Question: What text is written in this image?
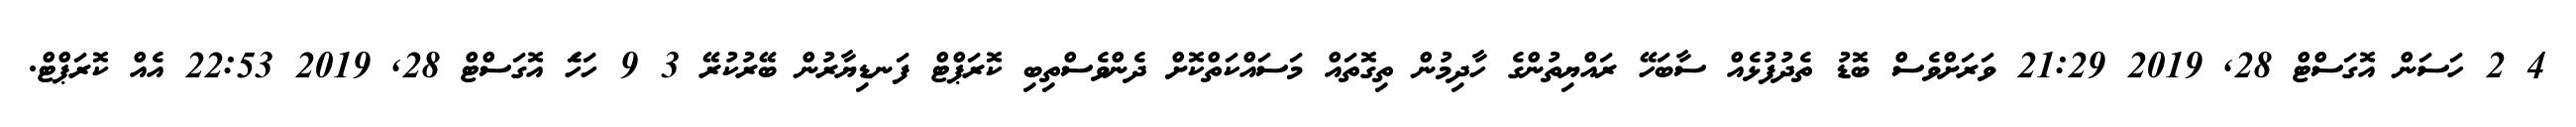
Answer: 4 2 ހަސަން އޮގަސްޓް 28, 2019 21:29 ވަރަށްވެސް ބޮޑު ތެދުފުޅެއް ސާބަހޭ ރައްޔިތުންގެ ހާދިމުން ތިގޮތައް މަސައްކަތްކޮށް ދެންވެސްތިބި ކޮރަޕްޓް ފަނޑިޔާރުން ބޭރުކުރޭ 3 9 ހަހަެ އޮގަސްޓް 28, 2019 22:53 އެއް ކޮރަޕްޓް.